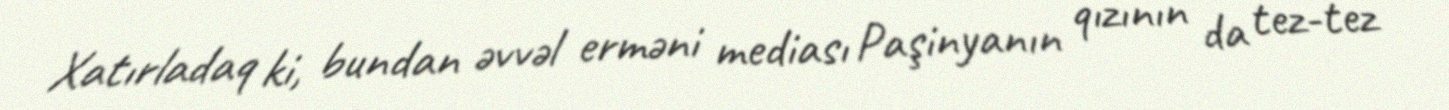
Xatırladaq ki, bundan əvvəl erməni mediası Paşinyanın qızının da tez-tez